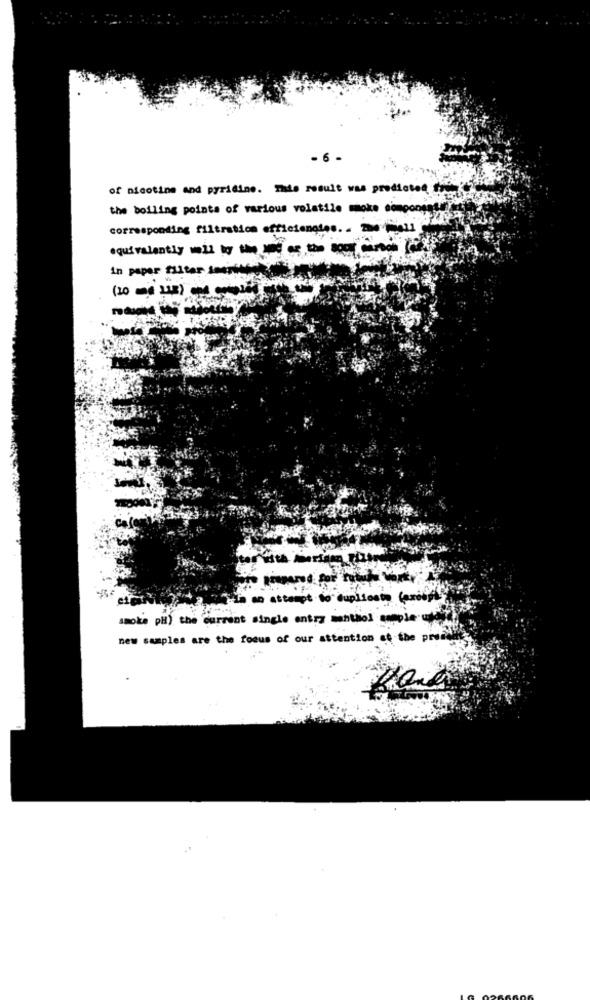
- 6-
of nicotine and pyridine. The result was predicted fre
the boiling points of various volatile moke component !!
corresponding filtration efficiengtes. . 24 Well
equivalently well by the time of the Body carbon Tax
in paper filter inerente yeri
an attempt to duplicate Cardiffi-
smoke pH) the current single entry menthol sample wild
new samples are the focus of our attention at the prune